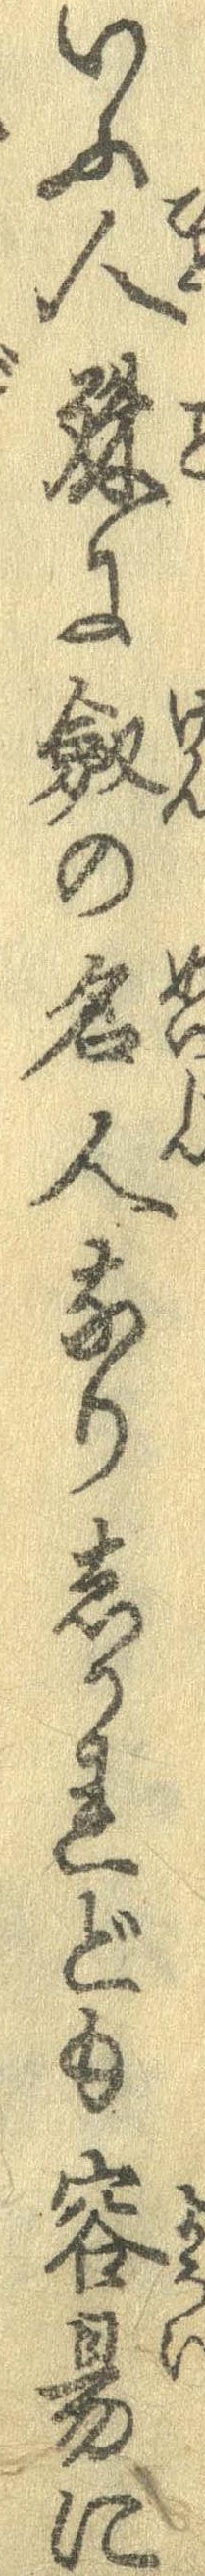
いふ人殊に剣の名人なりしかれども容易に